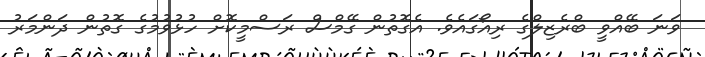
ވަނަ ބޭއްވީ ބްރެޒިލްގެ ރިއޯގައެވެ. އެގޮތުން ގޭމްސް ރަސްމީކޮށް ހުޅުވުމުގެ ގޮތުން ދަންމަރު